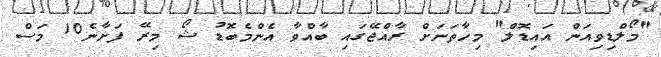
"މޯލްޑިވިއަން އައިޑޮލް" މިހާތަނަށް ރާއްޖޭގައި ބާއްވާ އެންމެބޮޑު ޝޯ މިރޭ ފަށާނެ10 މަސް